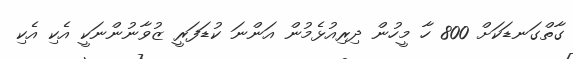
ގާތްގަނޑަކަށް 800 ހާ މީހުން ދިރިއުޅެމުން އަންނަ ކުޑަފަރީ ޒުވާނުންނަކީ އެކި އެކި